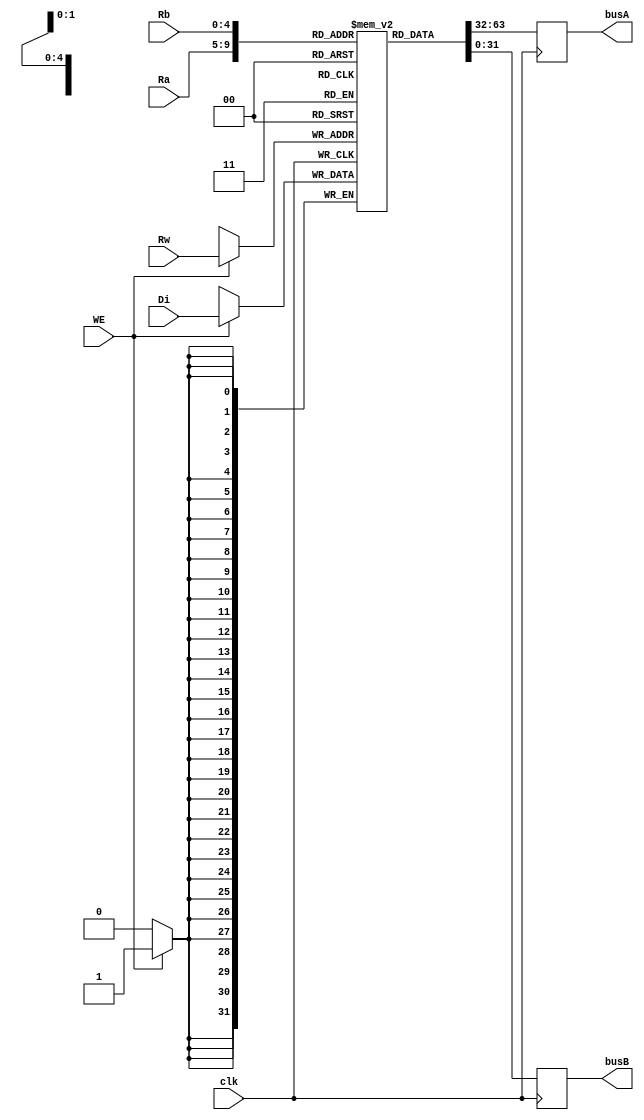
`timescale 1ns/1ps
module RFile(Ra, Rb, Rw, Di, WE, busA, busB, clk);
parameter n = 32;
input clk;
input wire[4:0] Ra, Rb, Rw;
input wire[n-1:0] Di;
input wire WE;
output reg[n-1:0] busA, busB;
// 3232
reg [31:0] mem [0:31];
// 32'h0
initial
    begin
        mem[0] <= 32'h0;
        mem[1] <= 32'h0;
        mem[2] <= 32'h0;
        mem[3] <= 32'h0;
    end
// // Rw1Rw
// always @ (negedge Clock)
//     begin
//         if (RegWr == 1)begin
//             mem[Rw] <= busW;
//             $display("[DEBUG] write %h to reg%h", busW, Rw);
//         end
//     end
always @ (posedge clk)
    begin
        #10
        busA <= mem[Ra];
        busB <= mem[Rb];
        // if (WE == 1)begin
        //     mem[Rw] <= Di;
        //     $display("[DEBUG] write %h to reg%h", Di, Rw);
        // end
    end

always @ (negedge clk) begin
        if (WE == 1)begin
            mem[Rw] <= Di;
            $display("[DEBUG] write %h to reg%h", Di, Rw);
        end
end
endmodule